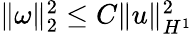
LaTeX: \begin{array}{r}{\| \omega\| _{2}^{2}\leq C\| u\| _{H^{1}}^{2}}\end{array}